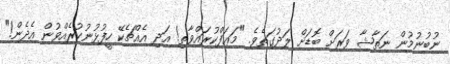
ނުބުނުމުން ނަތާޝާ ވަރަށް ބޮޑަށް ލަދުގަތެވެ. "މަޢަފްކުރައްވާތި! އަދި އެއްޗެކޭ ހީފުޅުނުކުރެއްވުން އެދެން!"